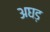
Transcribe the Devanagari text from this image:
अघड़